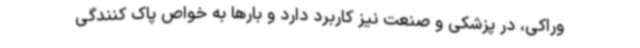
وراکی، در پزشکی و صنعت نیز کاربرد دارد و بارها به خواص پاک کنندگی